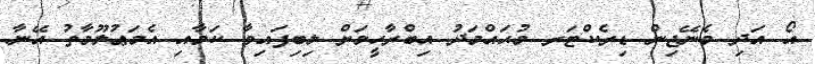
އޯ އަދި މެނޭޖިން ޑިރެކްޓަރ މުޙައްމަދު އިބްރާހީމަށް ލިބިފައިވާ ކަމާއި އެމަޢުލޫމާތު އޭނާ